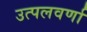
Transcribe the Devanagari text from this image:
उत्पलवर्णा